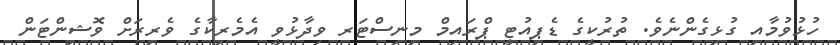
ހުޅުވުމާއި ގުޅިގެންނެވެ. ތުރުކީގެ ޑެޕިއުޓީ ޕްރައިމް މިނިސްޓަރ ވިދާޅުވީ އެމެރިކާގެ ވެރިރަށް ވޮޝިންޓަން